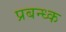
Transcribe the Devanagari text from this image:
प्रबन्ध्क